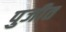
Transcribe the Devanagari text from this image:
पुजीत